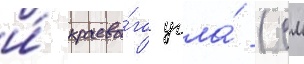
и́ краево́го угла́ (см